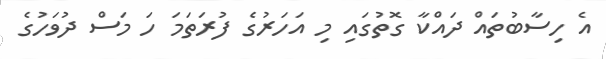
އެ ހިސާބުތައް ދައްކާ ގޮތުގައި މި އަހަރުގެ ފުރަތަމަ ހަ މަސް ދުވަހުގެ